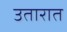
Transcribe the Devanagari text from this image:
उतारात